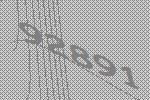
92891